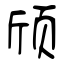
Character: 颀